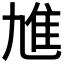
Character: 𲉨